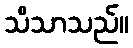
သိသာသည်။